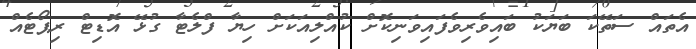
އެތައް ސަތޭކަ ބަޔަކު ބައިވެރިވެފައިވަނިކޮށް ކުއްލިއަކަށް ހިޔާ ފްލެޓާ ގުޅޭ އޮޑިޓް ރިޕޯޓެއް